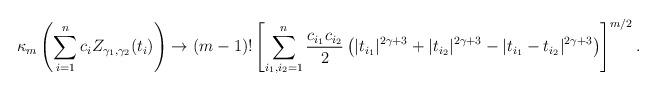
LaTeX: \begin{align*}\kappa_m\left(\sum_{i=1}^n c_i Z_{\gamma_1,\gamma_2}(t_i)\right)\rightarrow (m-1)! \left[\sum_{i_1,i_2=1}^n \frac{c_{i_1}c_{i_2}}{2} \left(|t_{i_1}|^{2\gamma+3}+|t_{i_2}|^{2\gamma+3}- |t_{i_1}-t_{i_2}|^{2\gamma+3} \right) \right]^{m/2}.\end{align*}